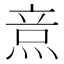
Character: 𤉿